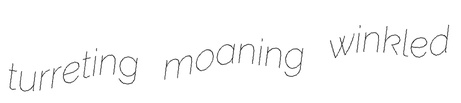
turreting moaning winkled